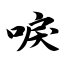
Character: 唳